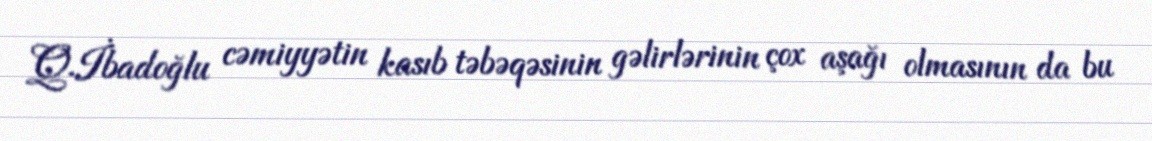
Q.İbadoğlu cəmiyyətin kasıb təbəqəsinin gəlirlərinin çox aşağı olmasının da bu